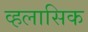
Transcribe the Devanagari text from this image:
व्हलासिक